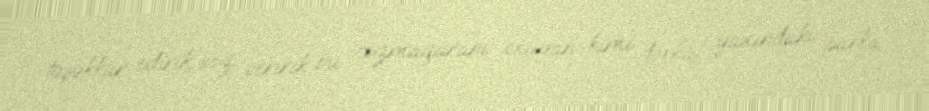
təşəkkür edirik, söz veririk bu cızmaqaranı oxuyan kimi dərhal yaxındakı parka